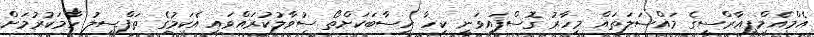
އެމްއެމްޕީއާރްސީގެ މައްސަލަތައް މިހާރު ގޮސްފައިވަނީ ކިހާ ހިސާބަކަށްތޯ ސުވާލުކުރައްވައި އެކަމުގެ ތަފްސީލު ހާމަކުރުމަށް